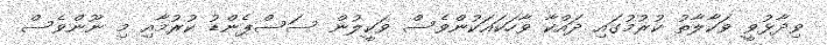
ވިދާޅުވީ ވަކާލާތު ކުރުމުގައި ދައްކާ ވާހަކައަކުންވެސް ވަކީލުން ސަސްޕެންޑު ކުރުމާއި މި ނޫންވެސް